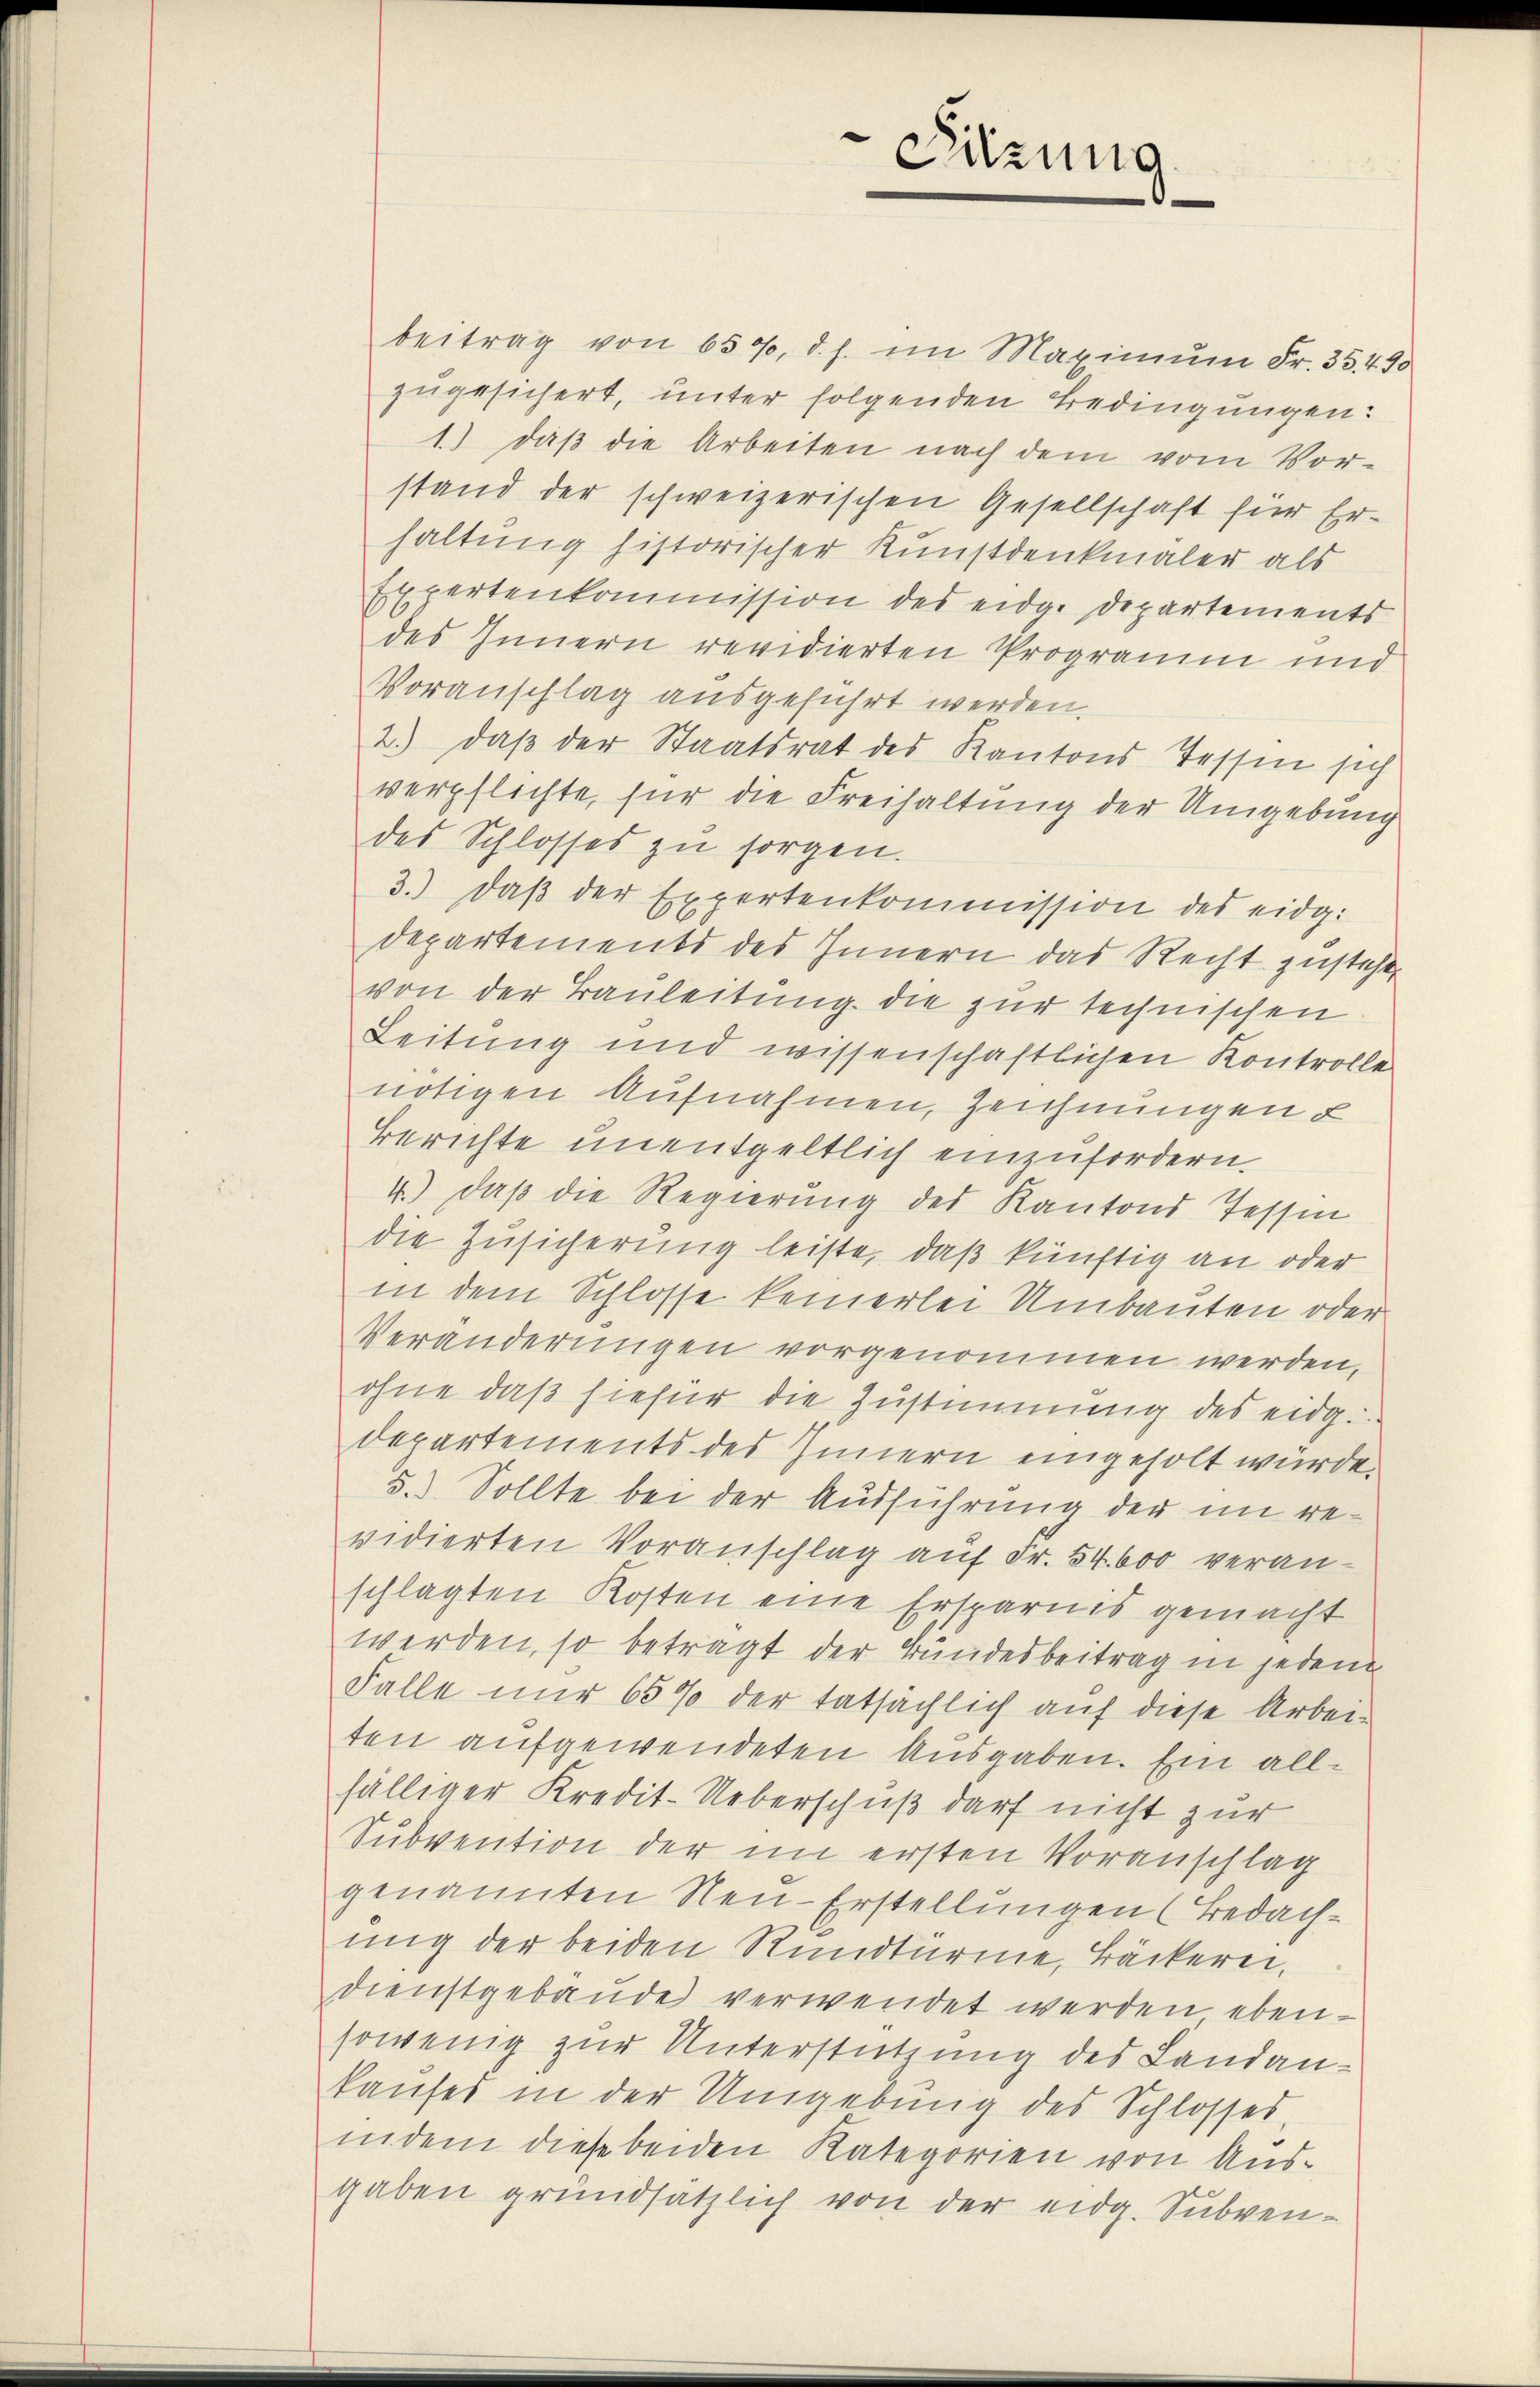
beitrag von 650, d. h. im Maximum Fr. 35. 490
zugesichert, unter folgenden Bedingungen:
1) daβ die Arbeiten nach dem vom Vor-
stand der schweizerischen Gesellschaft für Erhaltung historischer Kunstdenkmaler als
Expertenkommission des eidg. Departements
des Innern revidierten Programm und
Voranschlag ausgeführt werden.
2.) daβ der Staatsrat des Kantons Tessin sich
verpflichte, für die Freihaltung der Umgebung
des Schlosses zu sorgen.
3.) daβ der Expertenkommission des eidg.
Departements des Innern das Recht zusteht,
von der Bauleitung die zur technischen
Leitung und wissenschaftlichen Kontrolle
nötigen Aufnahmen, Zeichnungen u
Berichte unentgeltlich einzufordern.
4.) daß die Regierung des Kantons Tessin
die Zusicherung leiste, daß künftig an oder
in dem Schlosse keinerlei Umbauten oder
Veränderungen vorgenommen werden,
ohne daß hiefür die Zustimmung des eidg.
Departements des Innern eingeholt würde.
5.) Sollte bei der Ausführung der im revidierten Voranschlag auf Fr. 54. 600 veran-
schlagten Kosten eine Ersparnis gemacht
werden, so betragt der Bundesbeitrag in jedem
Falle nur 65% der tatsächlich auf diese Arbeiten aufgewendeten Ausgaben. Ein allfälliger Kredit-Ueberschuß darf nicht zur
Subvention der im ersten Voranschlag
genannten Neu-Erstellungen (Bedachung der beiden Rundtürme, Bäckerei.
dienstgebäŭde verwendet werden ebensowenig zur Unterstützung des Landankaŭses in der Umgebung des Schlosses,
indem diese beiden Kategorien von Ausgaben grundsätzlich von der eidg. Subven¬

Sitzung